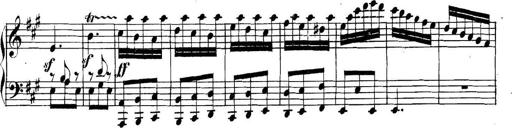
Title: Collected Piano Sonatas
Composer: Muzio Clementi